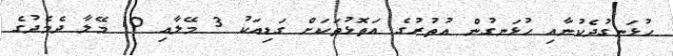
ހުޅަނގުދެކުނާއިި ހުޅަނގުން އުތުރުގެ އަތޮޅުތަކަށް ގަޑިއަކު 3 މޭލާއި 10 މޭލާ ދެމެދުގެ